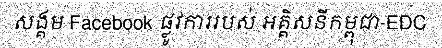
សង្គម Facebook ផ្លូវការរបស់ អគ្គិសនីកម្ពុជា-EDC